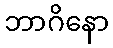
ဘာဂိနော